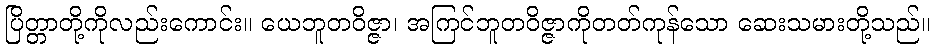
ပြိတ္တာတို့ကိုလည်းကောင်း။ ယေဘူတဝိဇ္ဇာ၊ အကြင်ဘူတဝိဇ္ဇာကိုတတ်ကုန်သော ဆေးသမားတို့သည်။